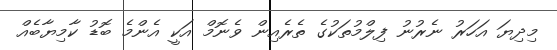
މިދިޔަ އަހަރު ނެރުނު ފިލްމުތަކުގެ ތެރެއިން ވެނޮމް އަކީ އެންމެ ބޮޑު ކާމިޔާބެއް